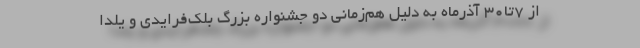
از 7تا30 آذرماه به دلیل هم‌زمانی دو جشنواره بزرگ بلک‌فرایدی و یلدا